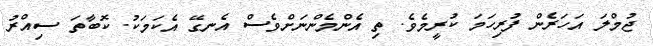
ޖުމްލަ އަހަރެން ފުރިހަމަ ކުރީމެވެ. ތި އެންމެންނަށްވެސް އެނގޭ އެކަމަކު. ކޮބާތަ ސިއްރު